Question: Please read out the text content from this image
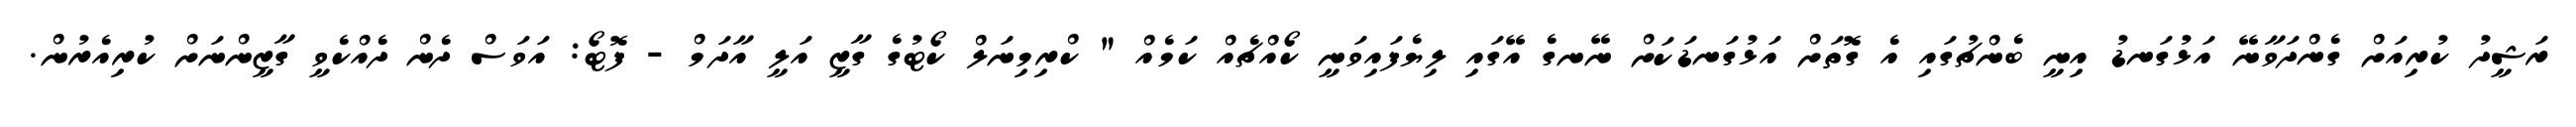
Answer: ރަޝީދު ކުރިއަށް ގެންދަވާނޭ އަޅުގަނޑު އިނީ ބެންޗުގައި އެ ގޮތަށް އަޅުގަނޑަކަށް ނޭނގެ އޭގައި ލިޔެފައިވަނީ ކޯއްޗެއް ކަމެއް " ކްރިމިނަލް ކޯޓުގެ ގާޒީ އަލީ އާދަމް - ފޮޓޯ: އަވަސް ދެން ދެއްކެވީ ގާޒީންނަށް ކުރިއެރުން.